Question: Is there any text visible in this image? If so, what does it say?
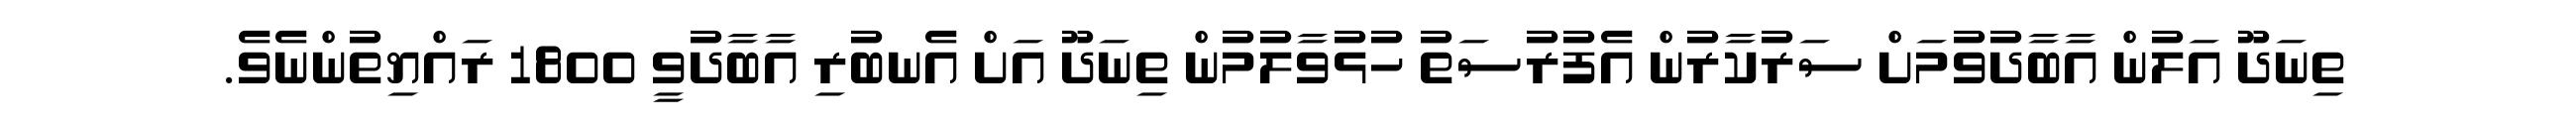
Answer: ތިނަދޫ އަލުން އާބާދުވުމަށް ސަރުކާރުން އެފުރުސަތު ހުޅުވާލުމުން ތިނަދޫ އަށް އެނބުރި އާބާދުވީ 1800 ރައްޔިތުންނެވެ.